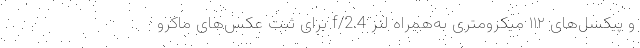
و پیکسل‌های ۱۱۲ میکرومتری به‌همراه لنز f/2.4 برای ثبت عکس‌های ماکرو